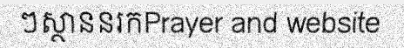
ៗស្ថាននរកPrayer and website